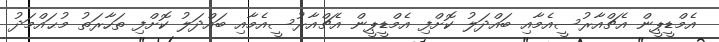
އެމްޑީޕީން އެޗްއާރުސީއެމާއި ބައްދަލު ކޮށްފި އެމްޑީޕީން އެޗްއާރުސީއެމާއި ބައްދަލު ކޮށްފި ތަހާރަތު މުޙައްމަދު